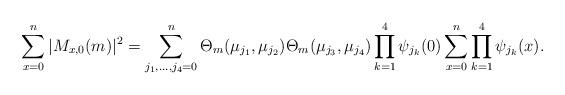
LaTeX: \begin{align*}\sum_{x=0}^n|M_{x,0}(m)|^2= \sum_{j_1,\ldots,j_4 =0}^n\Theta_m(\mu_{j_1},\mu_{j_2}) \Theta_m(\mu_{j_3},\mu_{j_4}) \prod_{k=1}^4\psi_{j_k}(0) \sum_{x=0}^n\prod_{k=1}^4\psi_{j_k}(x) .\end{align*}